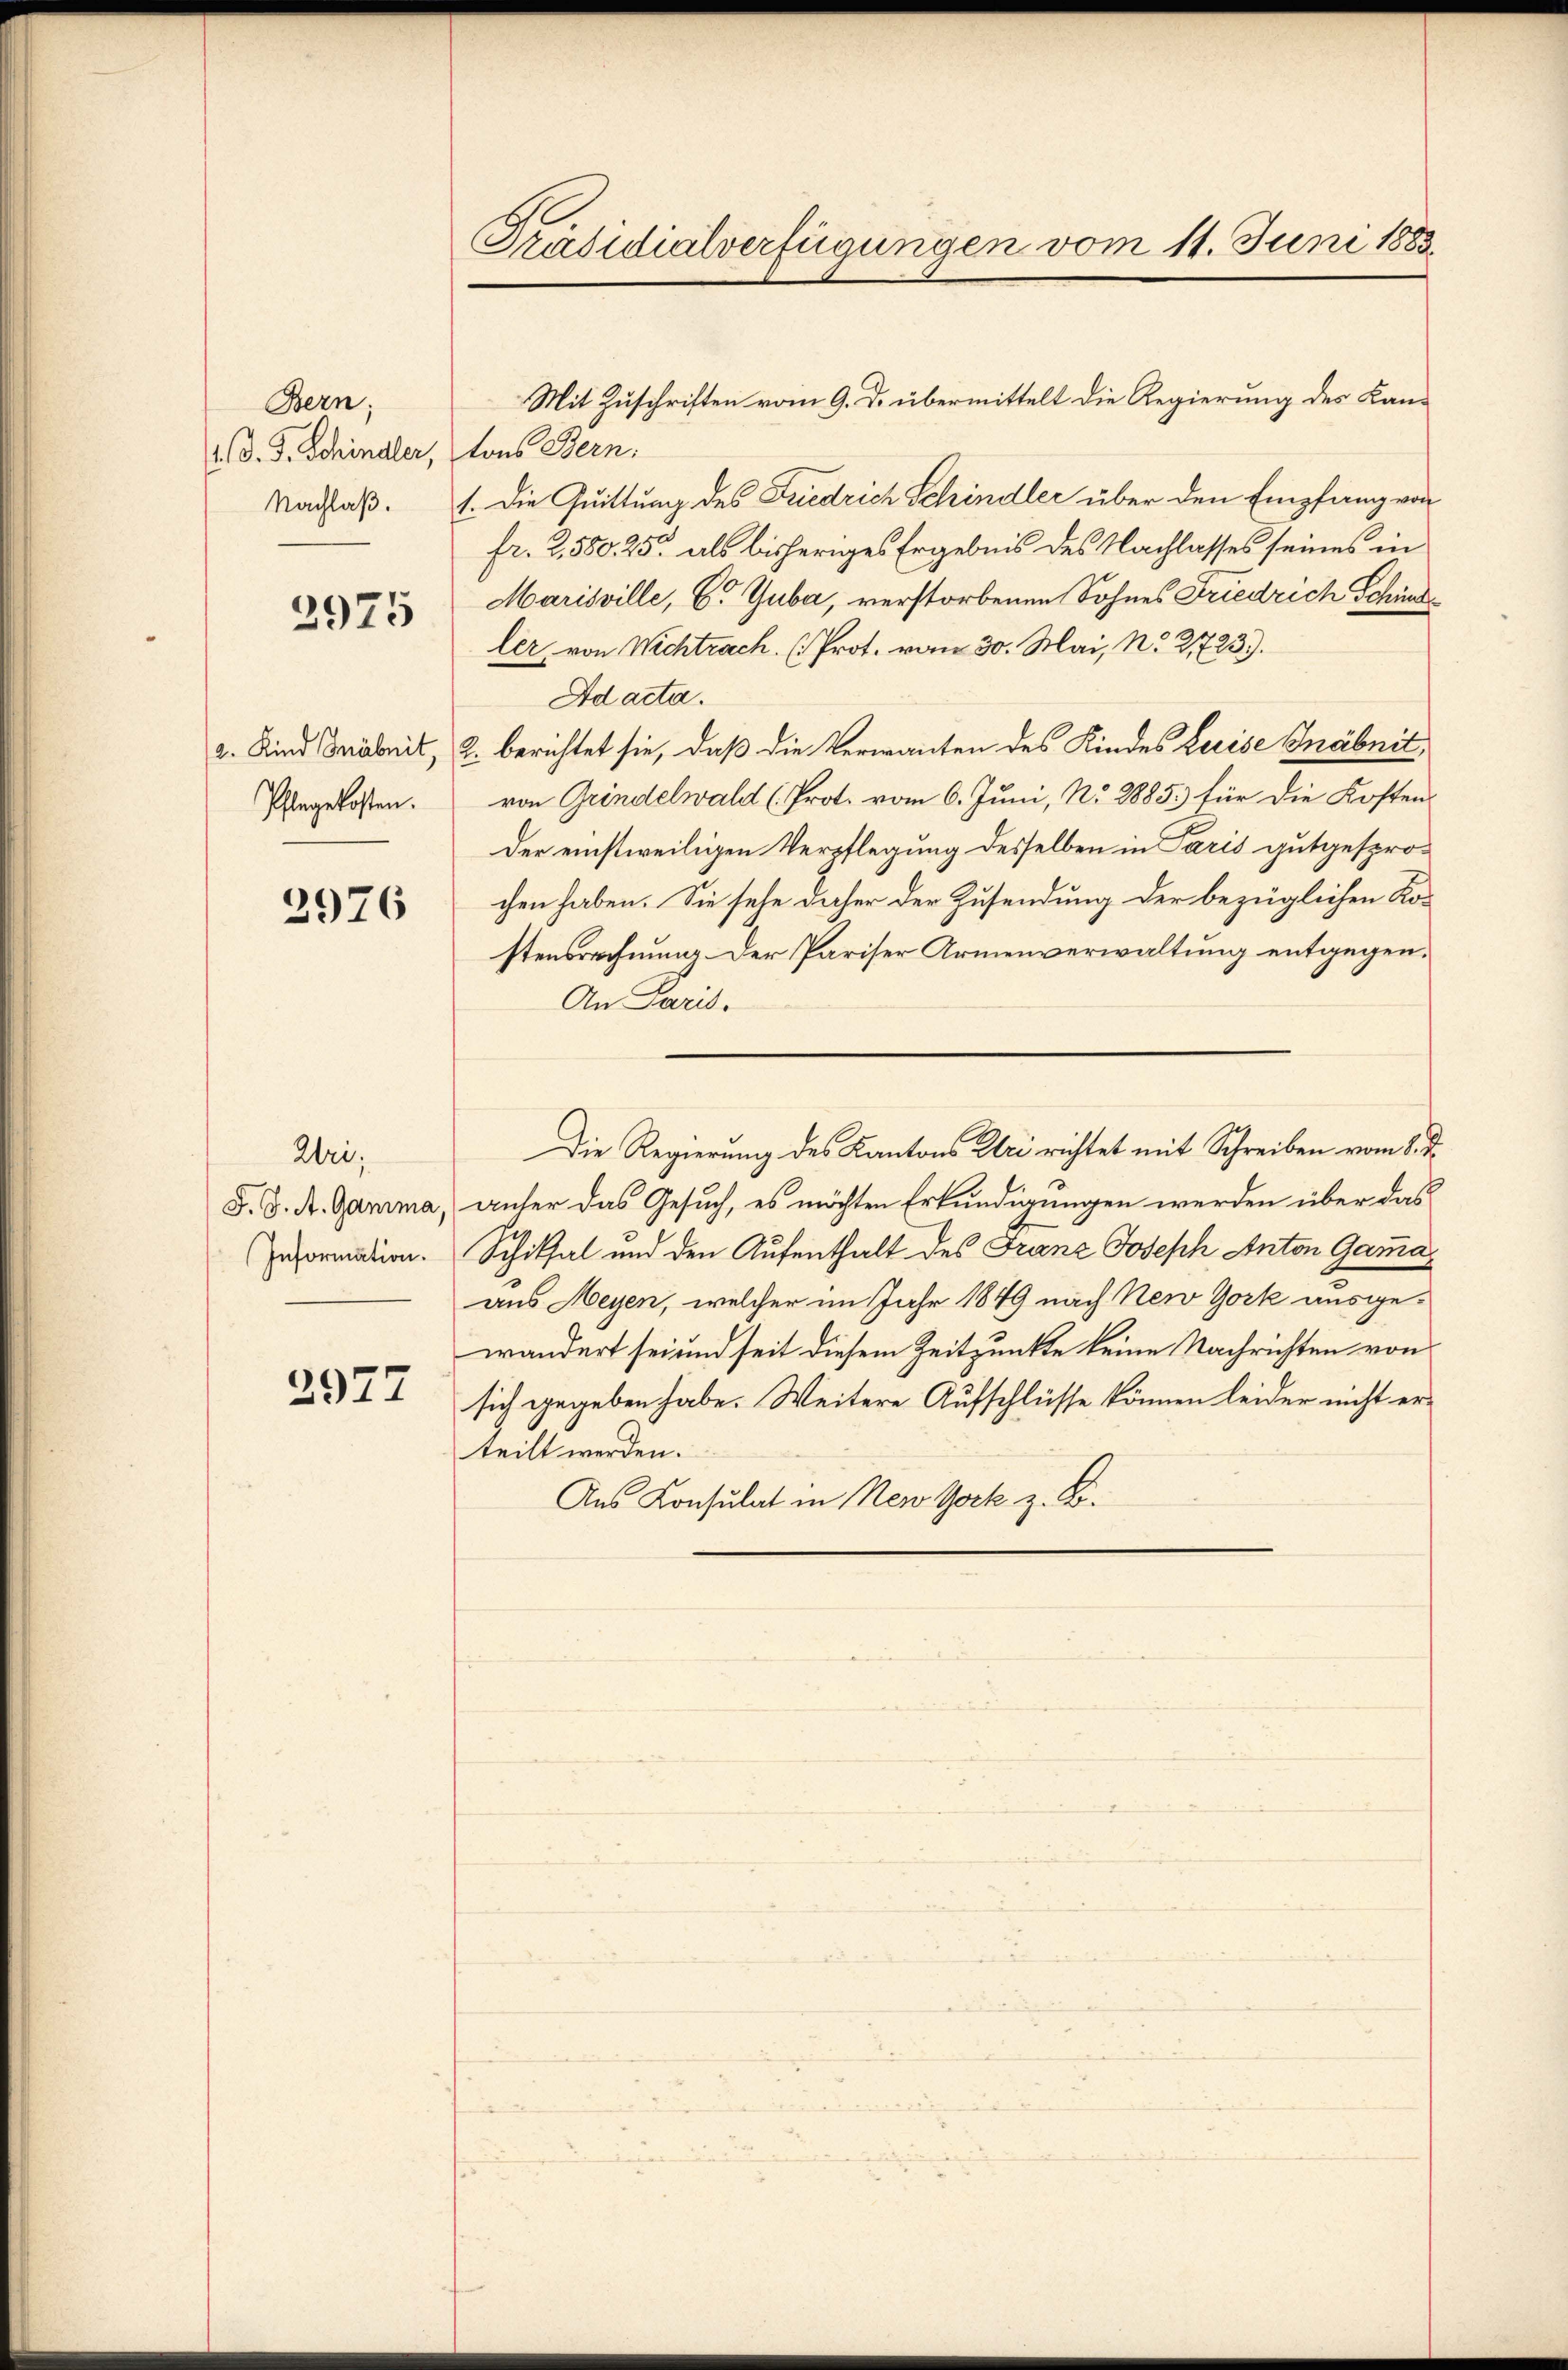
Bern;
 d. J. Schindler, tons Bern.
Nachlaß.

2975

2. Kind Inäbrit,
Phlegekosten.

2976

Wri;
Information.

2977

Präsidialverfügungen vom 11. Juni 1883.

Mit Zuschriften vom 9. D. übermittelt die Regierung des Kan¬
1. Die Quittung des Friedrich Schindler über den Empfang von
fr. 2. 580. 25. als bisheriges Ergebnis des Nachlasses seines in
Marisville, C. Guba, verstorbenen Sohnes Friedrich Schinde
ler, von Wichtrach. Prot. vom 30. Mai, No 21723).
Ad acta.
2. berichtet sie, daß die Verwanten des Kindes Luise Inabnit
von Grindelwald (Prot. vom 6. Juni, No 8885) für die Kosten
Der einstweiligen Verpflegung desselben in Paris gutgesprochen haben. Sie sehe daher der Zusendung der bezüglichen Kostensrechnung der Pariser Armenverwaltung entgegen.
An Paris.
Die Regierung des Kantons Uri richtet mit Schreiben vom 8. d.
F. J. A. Gamma, unter das Gesuch, es möchten Erkundigungen werden über das
Schilhal und den Aufenthalt des Franz Joseph Anton Gamaaus Meyen, welcher im Jahr 1849 nach New York ausgewandert sei und seit diesem Zeitpunkte keine Nachrichten von
sich gegeben habe. Weitere Aufschlüsse können leider nicht erteilt werden.
Aus Konsulat in New York z. B.